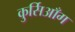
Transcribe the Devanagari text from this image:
कुर्सिआँग